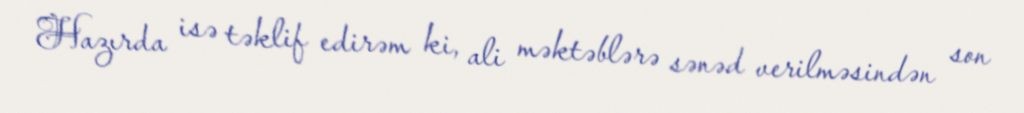
Hazırda isə təklif edirəm ki, ali məktəblərə sənəd verilməsindən son